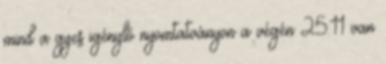
mind a gyes igénylő nyomtatványon a végén 25.11 van